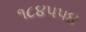
૧૮૪૫૫૪